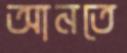
আনতে